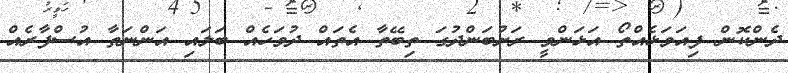
ދެންކޮން ފިއަވަޅެއްތޯ އަޅަންވީ ރަށުބަންދުގަ ތިބޭތާ އެތައް ދުވަހެއް ބަލައި އަންނަތާ އުސްފާރެއް